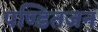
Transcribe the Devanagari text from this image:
पण्डितजन